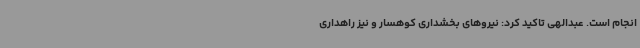
انجام است. عبدالهی تاکید کرد: نیروهای بخشداری کوهسار و نیز راهداری